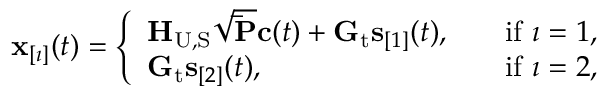
\begin{array} { r } { \mathbf { x } _ { [ \imath ] } ( t ) = \left\{ \begin{array} { l l } { \mathbf { H } _ { \mathrm { U } , \mathrm { S } } \sqrt { \mathbf { \bar { P } } } \mathbf { c } ( t ) + \mathbf { G } _ { \mathrm { t } } \mathbf { s } _ { [ 1 ] } ( t ) , \quad } & { \mathrm { i f } \ \imath = 1 , } \\ { \mathbf { G } _ { \mathrm { t } } \mathbf { s } _ { [ 2 ] } ( t ) , \quad } & { \mathrm { i f } \ \imath = 2 , } \end{array} \right. } \end{array}